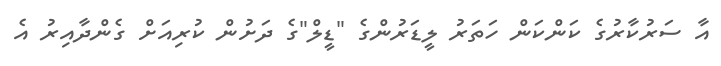
އާ ސަރުކާރުގެ ކަންކަން ހަތަރު ލީޑަރުންގެ "ޑީލް"ގެ ދަށުން ކުރިއަށް ގެންދާއިރު އެ